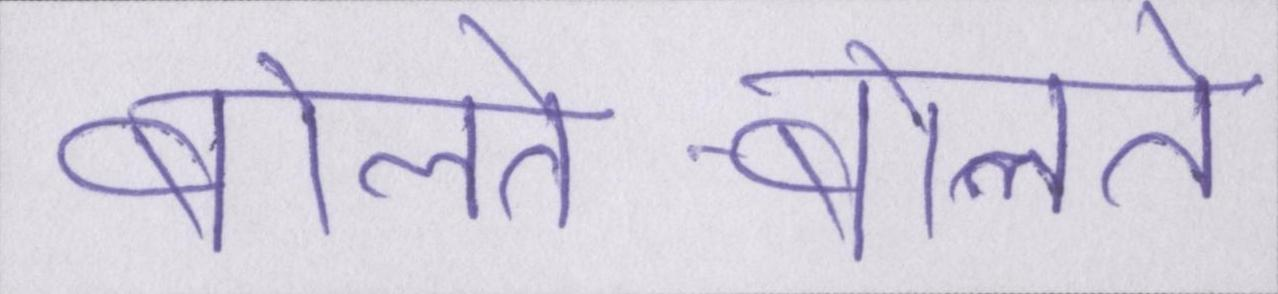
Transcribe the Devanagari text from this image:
बोलते-बोलते